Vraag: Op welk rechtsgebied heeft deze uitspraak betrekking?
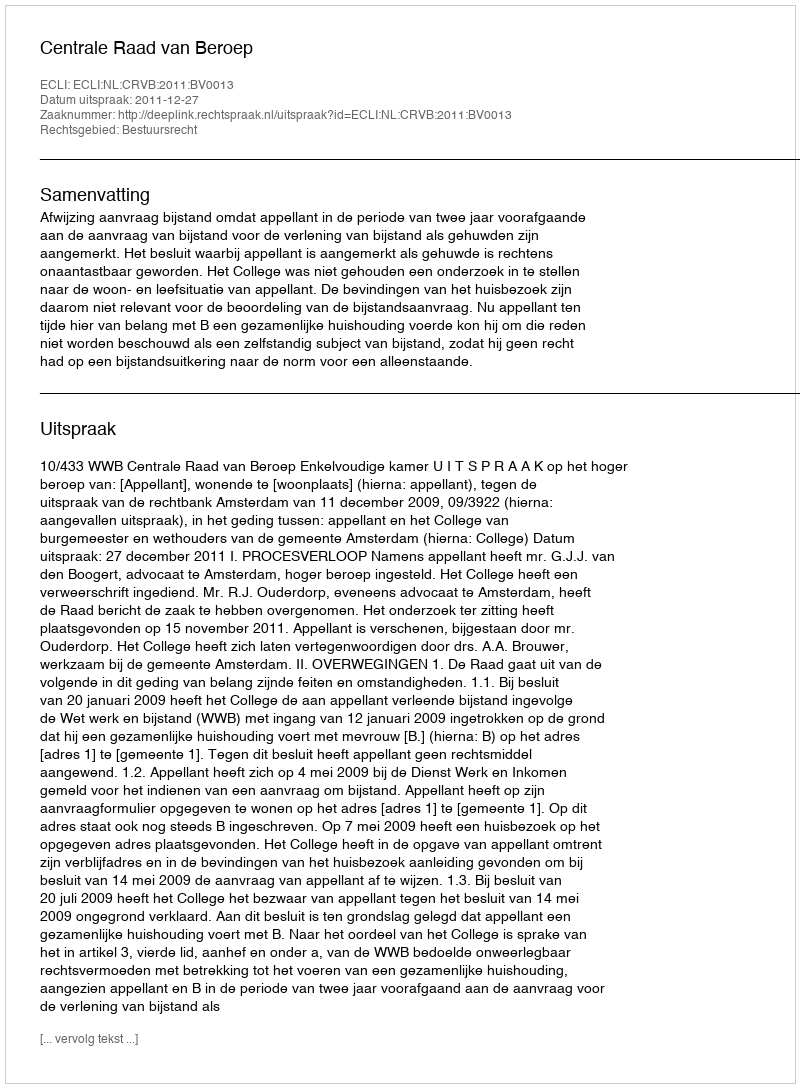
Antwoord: Bestuursrecht